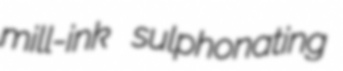
mill-ink sulphonating